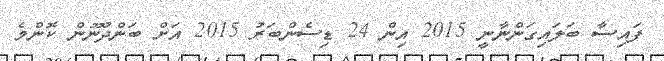
ފައިސާ ބަލައިގަންނާނީ 2015 އިން 24 ޑިސެންބަރު 2015 އަށް ބަންދުނޫން ކޮންމެ